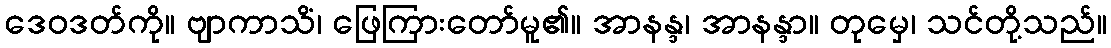
ဒေဝဒတ်ကို။ ဗျာကာသိံ၊ ဖြေကြားတော်မူ၏။ အာနန္ဒ၊ အာနန္ဒာ။ တုမှေ၊ သင်တို့သည်။